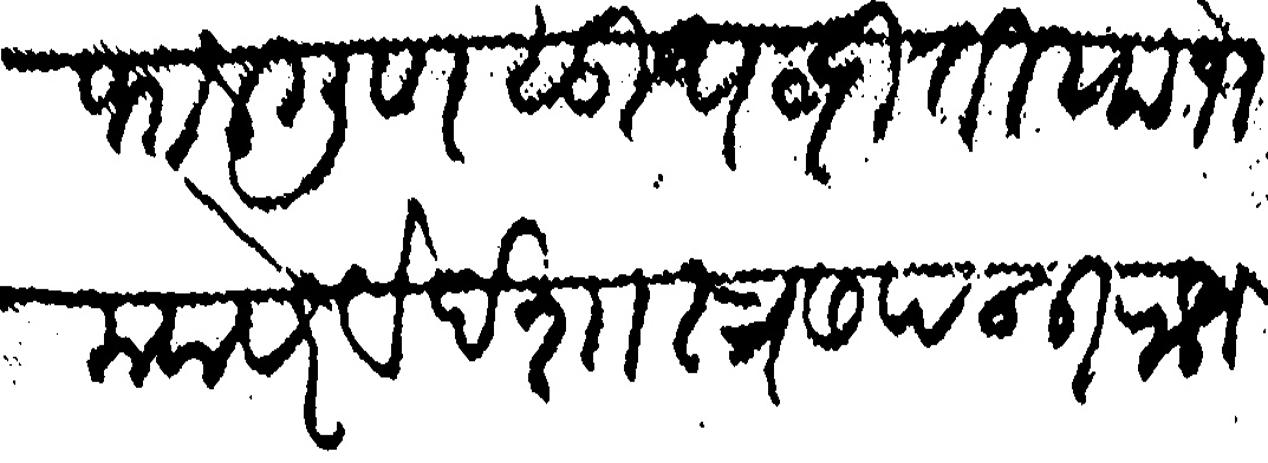
Transliteration (Devanagari): फालगुण सुध द्वीतीया भोमवासरे वेदशास्त्र सपन्न राजमान्य